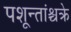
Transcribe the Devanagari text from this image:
पशून्तांश्चक्रे